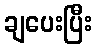
ချပေးပြီး